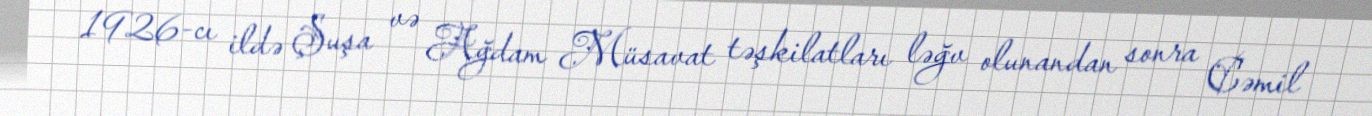
1926-cı ildə Şuşa və Ağdam Müsavat təşkilatları ləğv olunandan sonra Cəmil